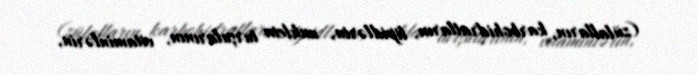
(zülalların, karbohidratların, lipidlərin, nuklein turşularının, vitaminlərin,